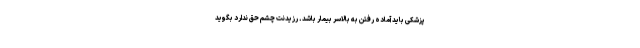
پزشکی باید آماده رفتن به بالاسر بیمار باشد. رزیدنت چشم حق ندارد بگوید